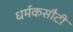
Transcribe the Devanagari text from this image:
धर्मकसौटी